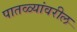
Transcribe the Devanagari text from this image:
पातळ्यांवरील